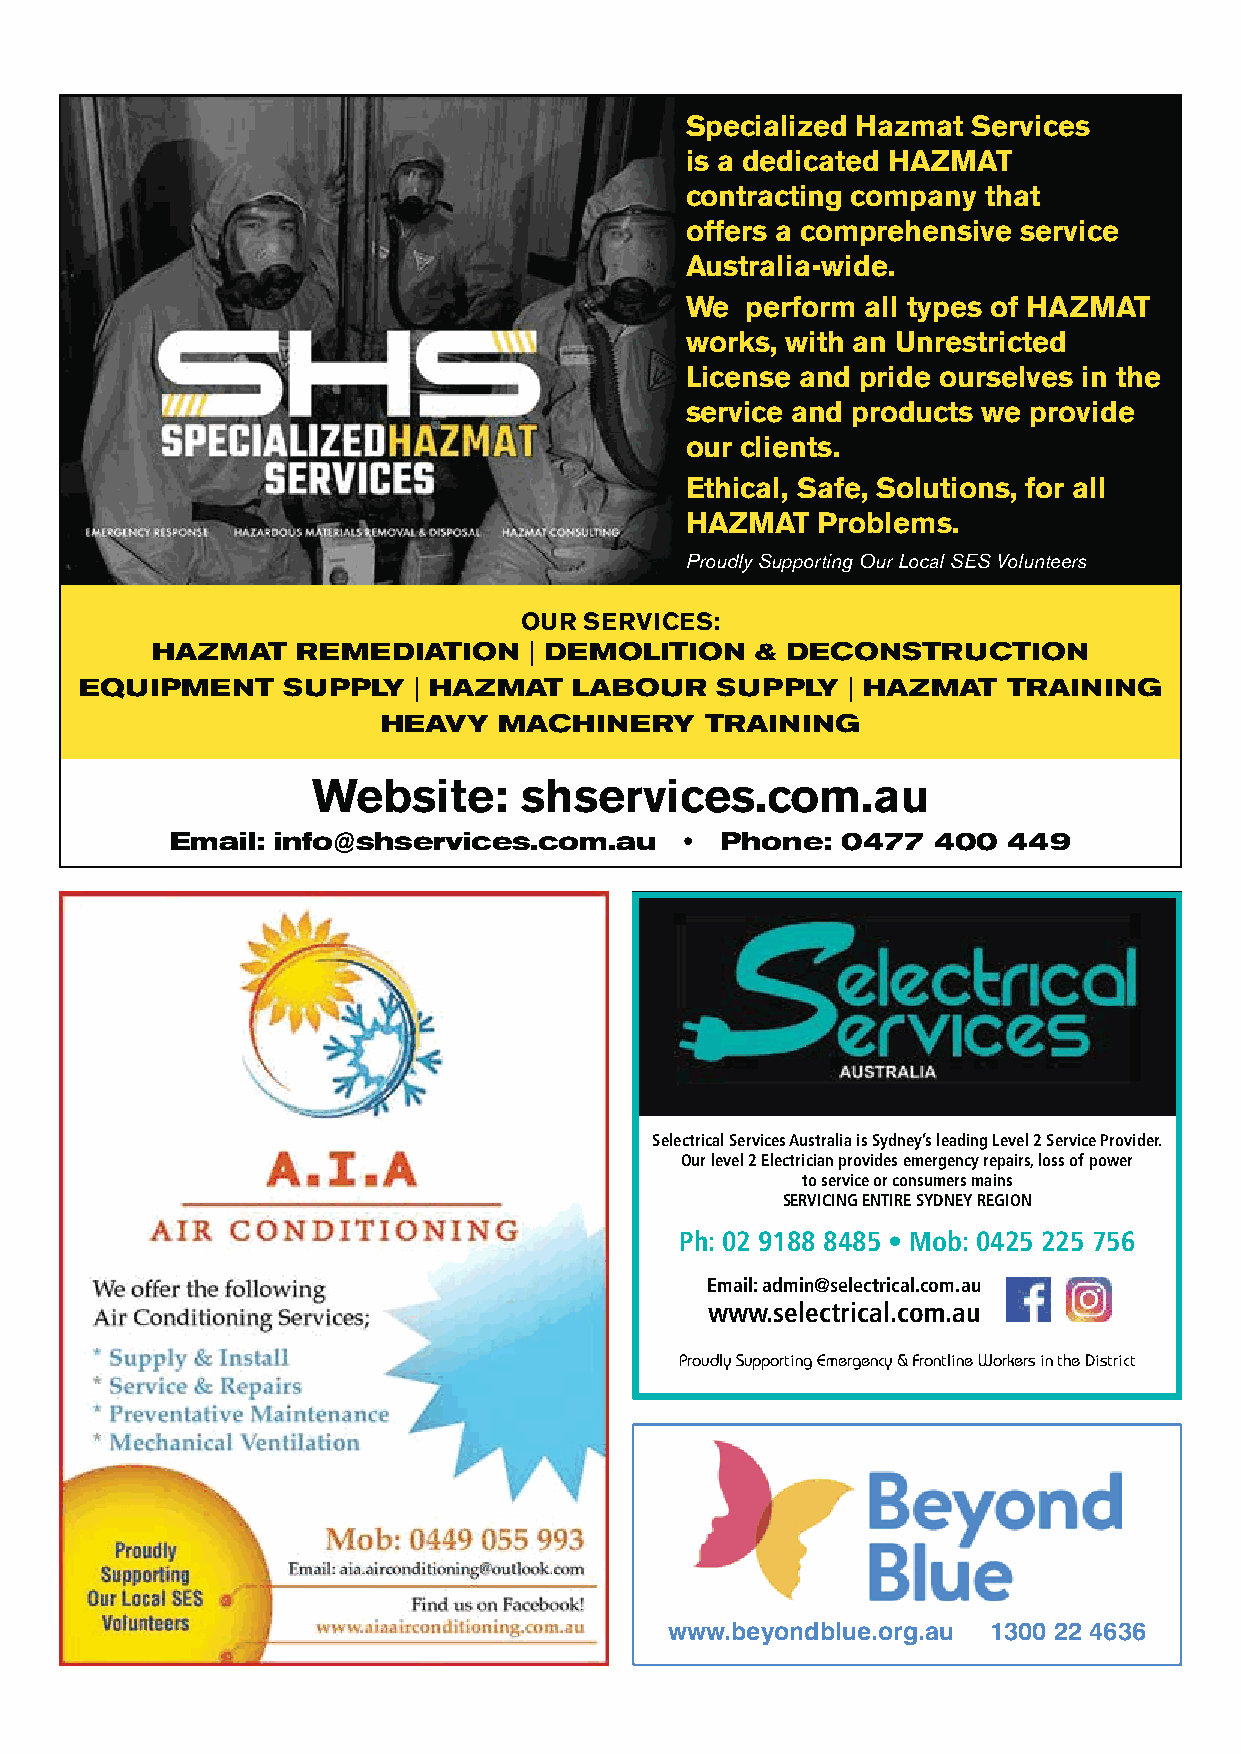
Specialized Hazmat Services
 is a dedicated HAZMAT
 contracting company that
 offers a comprehensive service
 Australia-wide.
 We  perform all types of HAZMAT
 works, with an Unrestricted
 License and pride ourselves in the
 service and products we provide
 our clients.
 Ethical, Safe, Solutions, for all
 HAZMAT   Problems.
 Proudly Supporting Our Local SES Volunteers
 OUR  SERVICES:
 HAZMAT    REMEDIATION    | DEMOLITION   & DECONSTRUCTION
 EQUIPMENT     SUPPLY  | HAZMAT   LABOUR   SUPPLY   | HAZMAT   TRAINING
 HEAVY   MACHINERY     TRAINING
 Website:     shservices.com.au
 Email: info@shservices.com.au     •  Phone:  0477  400  449
 Selectrical Services Australia is Sydney’s leading Level 2 Service Provider.
 Our level 2 Electrician provides emergency repairs, loss of power
 to service or consumers mains
 SERVICING ENTIRE SYDNEY REGION
 Ph: 02 9188 8485 • Mob: 0425 225 756
 Email: admin@selectrical.com.au
 www.selectrical.com.au
 Proudly Supporting Emergency & Frontline Workers in the District
 www.beyondblue.org.au 1300 22 4636